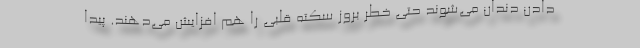
دادن دندان می‌شوند حتی خطر بروز سکته قلبی را هم افزایش می‌دهند. پیدا